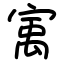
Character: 㝢